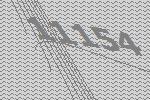
11154